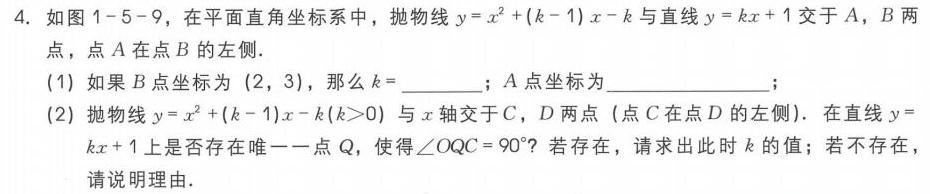
4. 如图1 - 5 - 9，在平面直角坐标系中，抛物线\(y = x^{2}+(k - 1)x - k\)与直线\(y = kx + 1\)交于\(A\)，\(B\)两点，点\(A\)在点\(B\)的左侧.
(1) 如果\(B\)点坐标为\((2,3)\)，那么\(k =\)  ；\(A\)点坐标为  ；
(2) 抛物线\(y = x^{2}+(k - 1)x - k(k>0)\)与\(x\)轴交于\(C\)，\(D\)两点（点\(C\)在点\(D\)的左侧）. 在直线\(y = kx + 1\)上是否存在唯一一点\(Q\)，使得\(\angle OQC = 90^{\circ}\)？若存在，请求出此时\(k\)的值；若不存在，请说明理由.